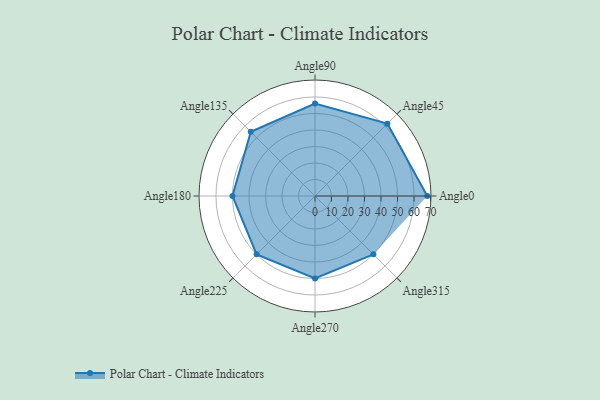
{"axis": {"x": "Angle", "y": "Radius"}, "legend": [""], "data": [{"x": "Angle0", "y": 68.0, "type": ""}, {"x": "Angle45", "y": 62.0, "type": ""}, {"x": "Angle90", "y": 56.0, "type": ""}, {"x": "Angle135", "y": 55.0, "type": ""}, {"x": "Angle180", "y": 50, "type": ""}, {"x": "Angle225", "y": 50, "type": ""}, {"x": "Angle270", "y": 50, "type": ""}, {"x": "Angle315", "y": 50, "type": ""}]}